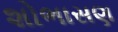
શોભાસણ